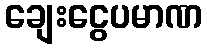
ချေးငွေပမာဏ